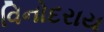
વિનોદરાય